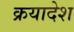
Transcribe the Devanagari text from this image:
क्रयादेश